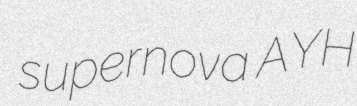
supernova AYH